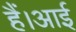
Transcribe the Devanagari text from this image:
हैं।आई